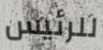
للرئيس